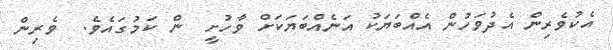
އެކުވެރިން އެދުވަހުން އެއްބަޔަކު އަނެއްބަޔަކަށް ވާހުށީ  ން ކަމުގައެވެ.  ވެރިން